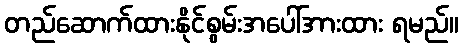
တည်ဆောက်ထားနိုင်စွမ်းအပေါ်အားထား ရမည်။